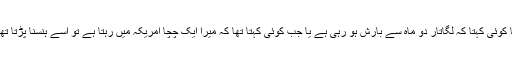
یا کوئی کہتا کہ لگاتار دو ماہ سے بارش ہو رہی ہے یا جب کوئی کہتا تھا کہ میرا ایک چچا امریکہ میں رہتا ہے تو اسے ہنسنا پڑتا تھا۔